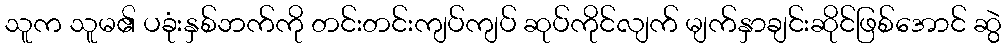
သူက သူမ၏ ပခုံးနှစ်ဘက်ကို တင်းတင်းကျပ်ကျပ် ဆုပ်ကိုင်လျက် မျက်နှာချင်းဆိုင်ဖြစ်အောင် ဆွဲ